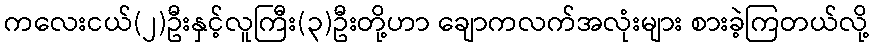
ကလေးငယ်(၂)ဦးနှင့်လူကြီး(၃)ဦးတို့ဟာ ချောကလက်အလုံးများ စားခဲ့ကြတယ်လို့